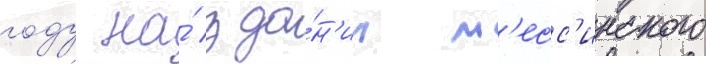
году на́ зда́н'ии м'есс'инского